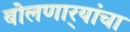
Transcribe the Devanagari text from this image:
बोलणार्‍यांचा